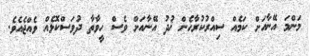
މަންމަ އޭނާއަށް ކަމެއް ސިއްރުކުރާހެން ޚުދު އޭނާއަށް ވެސް ހީވާތާ ދުވަސްކޮޅެއް ވެއްޖެއެވެ.